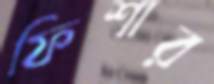
ফিশার